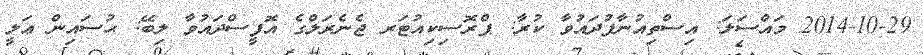
2014-10-29 މައްސަލަ: އިސްތިއުނާފުދައުވާ ކުރާ: ޕްރޮސިކިއުޓަރ ޖެނެރަލްގެ އޮފީސްދައުވާ ލިބޭ: ޙުސައިން ޢަލީ